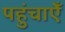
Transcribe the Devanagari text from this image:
पहुंचाऐँ